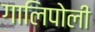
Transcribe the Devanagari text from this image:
गालिपोली